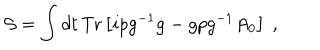
LaTeX: { \cal S } = \int d t \, \mathrm { T r } \left[ i p g ^ { - 1 } \dot { g } - g p g ^ { - 1 } A _ { 0 } \right] ~ ,